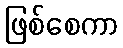
ဖြစ်စေကာ